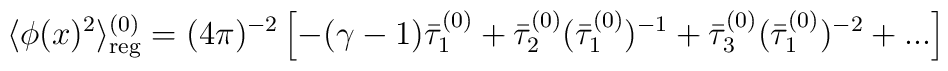
\langle \phi(x)^2\rangle_{\rm reg}^{(0)} = (4\pi)^{-2}\left[-(\gamma-1)	\bar{\tau}_1^{(0)} +    \bar{\tau}_2^{(0)}(\bar{\tau}_1^{(0)})^{-1}+\bar{\tau}_3^{(0)}	(\bar{\tau}_1^{(0)})^{-2}+...\right]